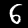
Label: 6